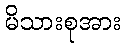
မိသားစုအား